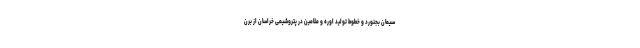
سیمان بجنورد و خطوط تولید اوره و ملامین در پتروشیمی خراسان از برن